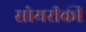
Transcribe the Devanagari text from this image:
सोयरीकी